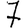
Digit: 7